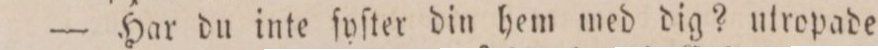
— Har du inte ſyſter din hem med dig? utropade